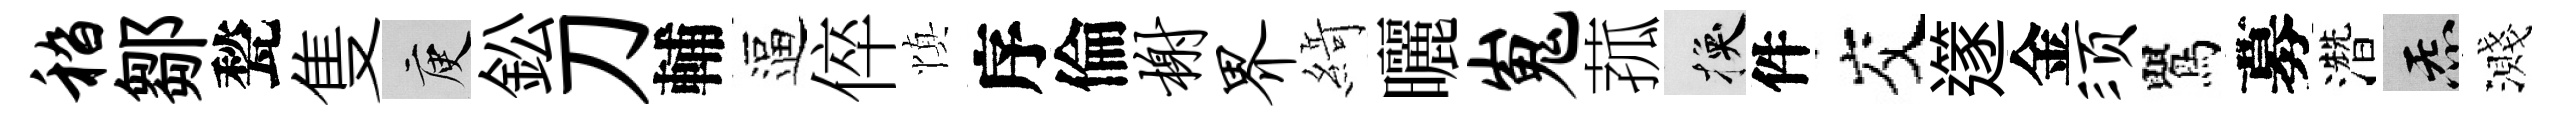
嵇鄒甃隻庾鈆刀輔逼倅慎序倫榭界𦂶曬嵬菰换件交𨗹金须鸎募濳炁濺